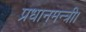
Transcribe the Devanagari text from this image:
प्रधानमन्त्री।